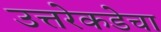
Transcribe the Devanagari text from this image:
उत्तरेकडेचा